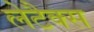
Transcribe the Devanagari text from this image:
लेटैक्स